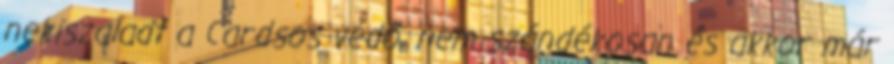
nekiszaladt a Cardsos védő, nem szándékosan és akkor már